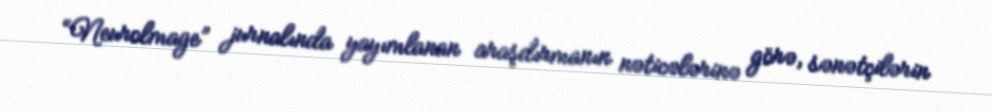
“Neurolmage” jurnalında yayımlanan araşdırmanın nəticələrinə görə, sənətçilərin